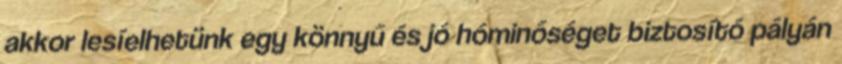
akkor lesíelhetünk egy könnyű és jó hóminőséget biztosító pályán